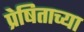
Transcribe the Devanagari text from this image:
प्रेषिताच्या